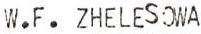
W.F. ZHELESOWA